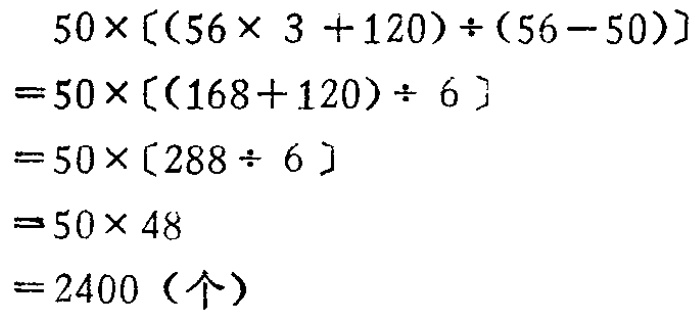
\[
\begin{align*}
&50\times[(56\times 3 + 120)\div(56 - 50)]\\
=&50\times[(168 + 120)\div 6]\\
=&50\times[288\div 6]\\
=&50\times 48\\
=&2400（个）
\end{align*}
\]